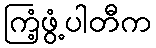
ကြံ့ဖွံ့ပါတီက